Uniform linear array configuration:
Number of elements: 32
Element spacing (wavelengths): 1
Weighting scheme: cosine
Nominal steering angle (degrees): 45
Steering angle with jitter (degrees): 43.511
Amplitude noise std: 0.05
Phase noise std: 0.05

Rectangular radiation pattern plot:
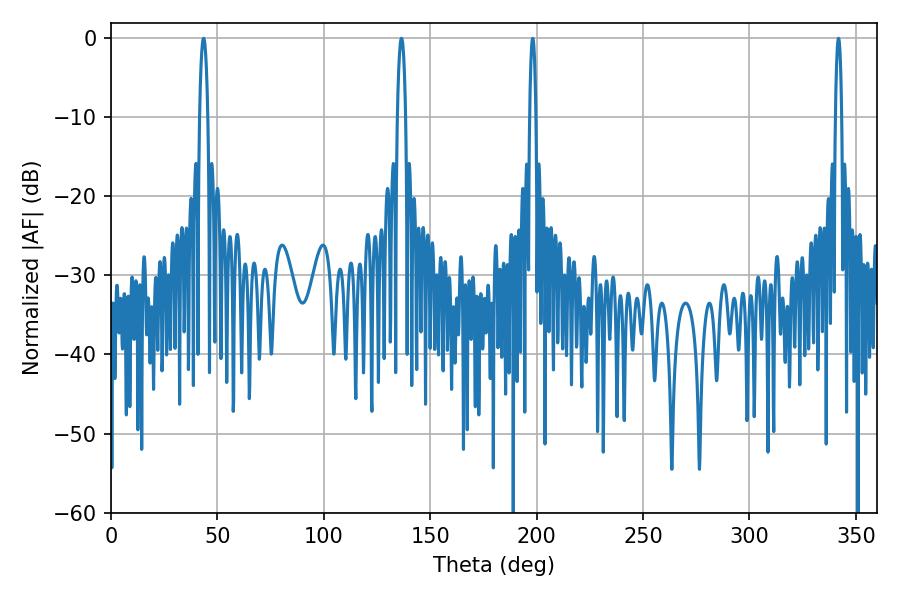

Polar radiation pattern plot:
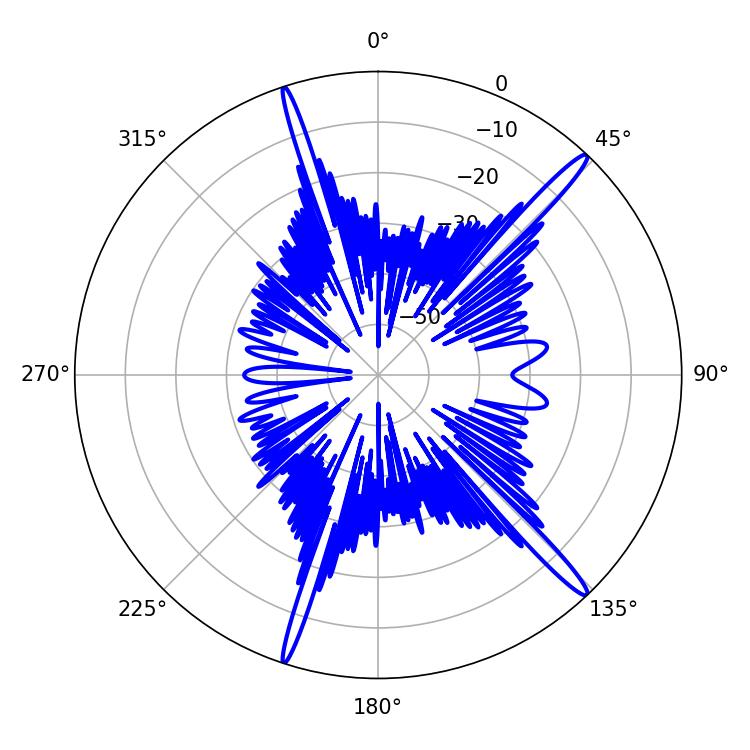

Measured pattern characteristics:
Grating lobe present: TRUE
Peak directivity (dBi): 17.041
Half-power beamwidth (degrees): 1.62
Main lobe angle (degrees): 198.18